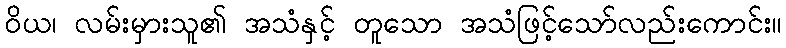
ဝိယ၊ လမ်းမှားသူ၏ အသံနှင့် တူသော အသံဖြင့်သော်လည်းကောင်း။